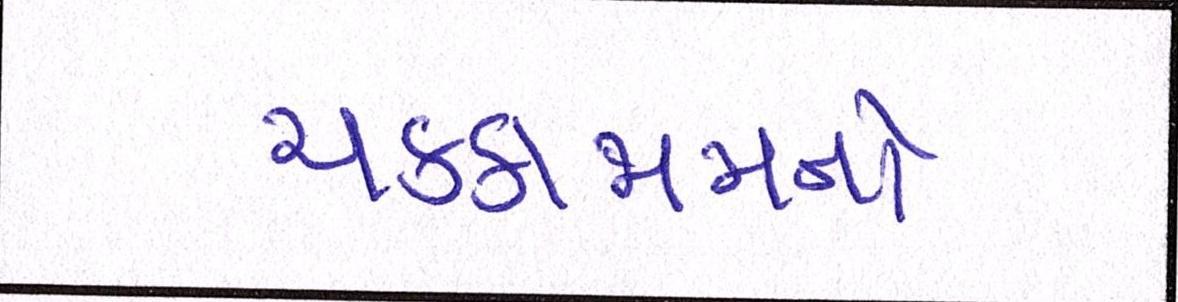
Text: ચક્કાજામનો